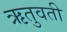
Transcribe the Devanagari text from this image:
ऋतुवती